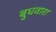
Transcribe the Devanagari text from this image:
बुधवारा